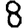
Digit: 8